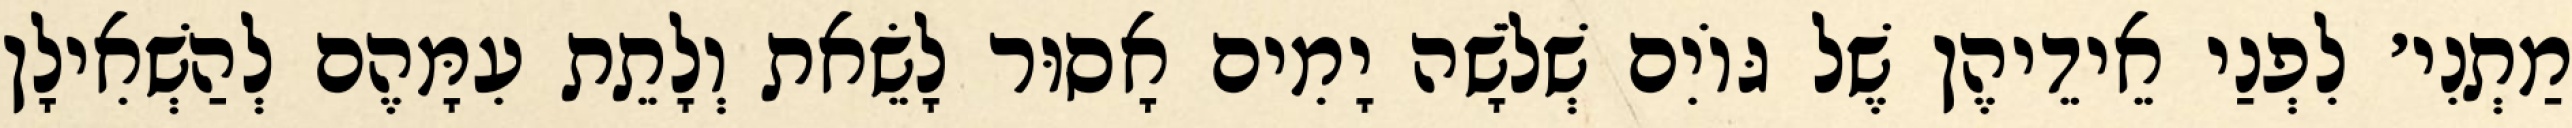
מַתְנִי׳ לִפְנַי אֵידֵיהֶן שֶׁל גּוֹיִם שְׁלֹשָׁה יָמִים אָסוּר לָשֵׂאת וְלָתֵת עִמָּהֶם לְהַשְׁאִילָן